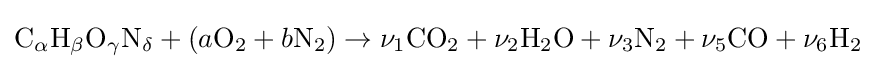
{\rm {C}}_{\alpha }{\rm {H}}_{\beta }{\rm {O}}_{\gamma }{\rm {N}}_{\delta }+\left({a{\rm {O}}_{\rm {2}}+b{\rm {N}}_{\rm {2}}}\right)\to \nu _{1}{\rm {CO}}_{\rm {2}}+\nu _{2}{\rm {H}}_{\rm {2}}{\rm {O}}+\nu _{3}{\rm {N}}_{\rm {2}}+\nu _{5}{\rm {CO}}+\nu _{6}{\rm {H}}_{\rm {2}}